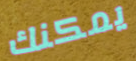
يمكنك